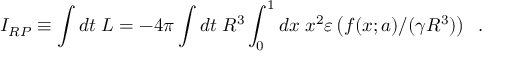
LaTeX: I _ { R P } \equiv \int d t \; L = - 4 \pi \int d t \; R ^ { 3 } \int _ { 0 } ^ { 1 } d x \; x ^ { 2 } \varepsilon \left( f ( x ; a ) / ( \gamma R ^ { 3 } ) \right) \; \; .